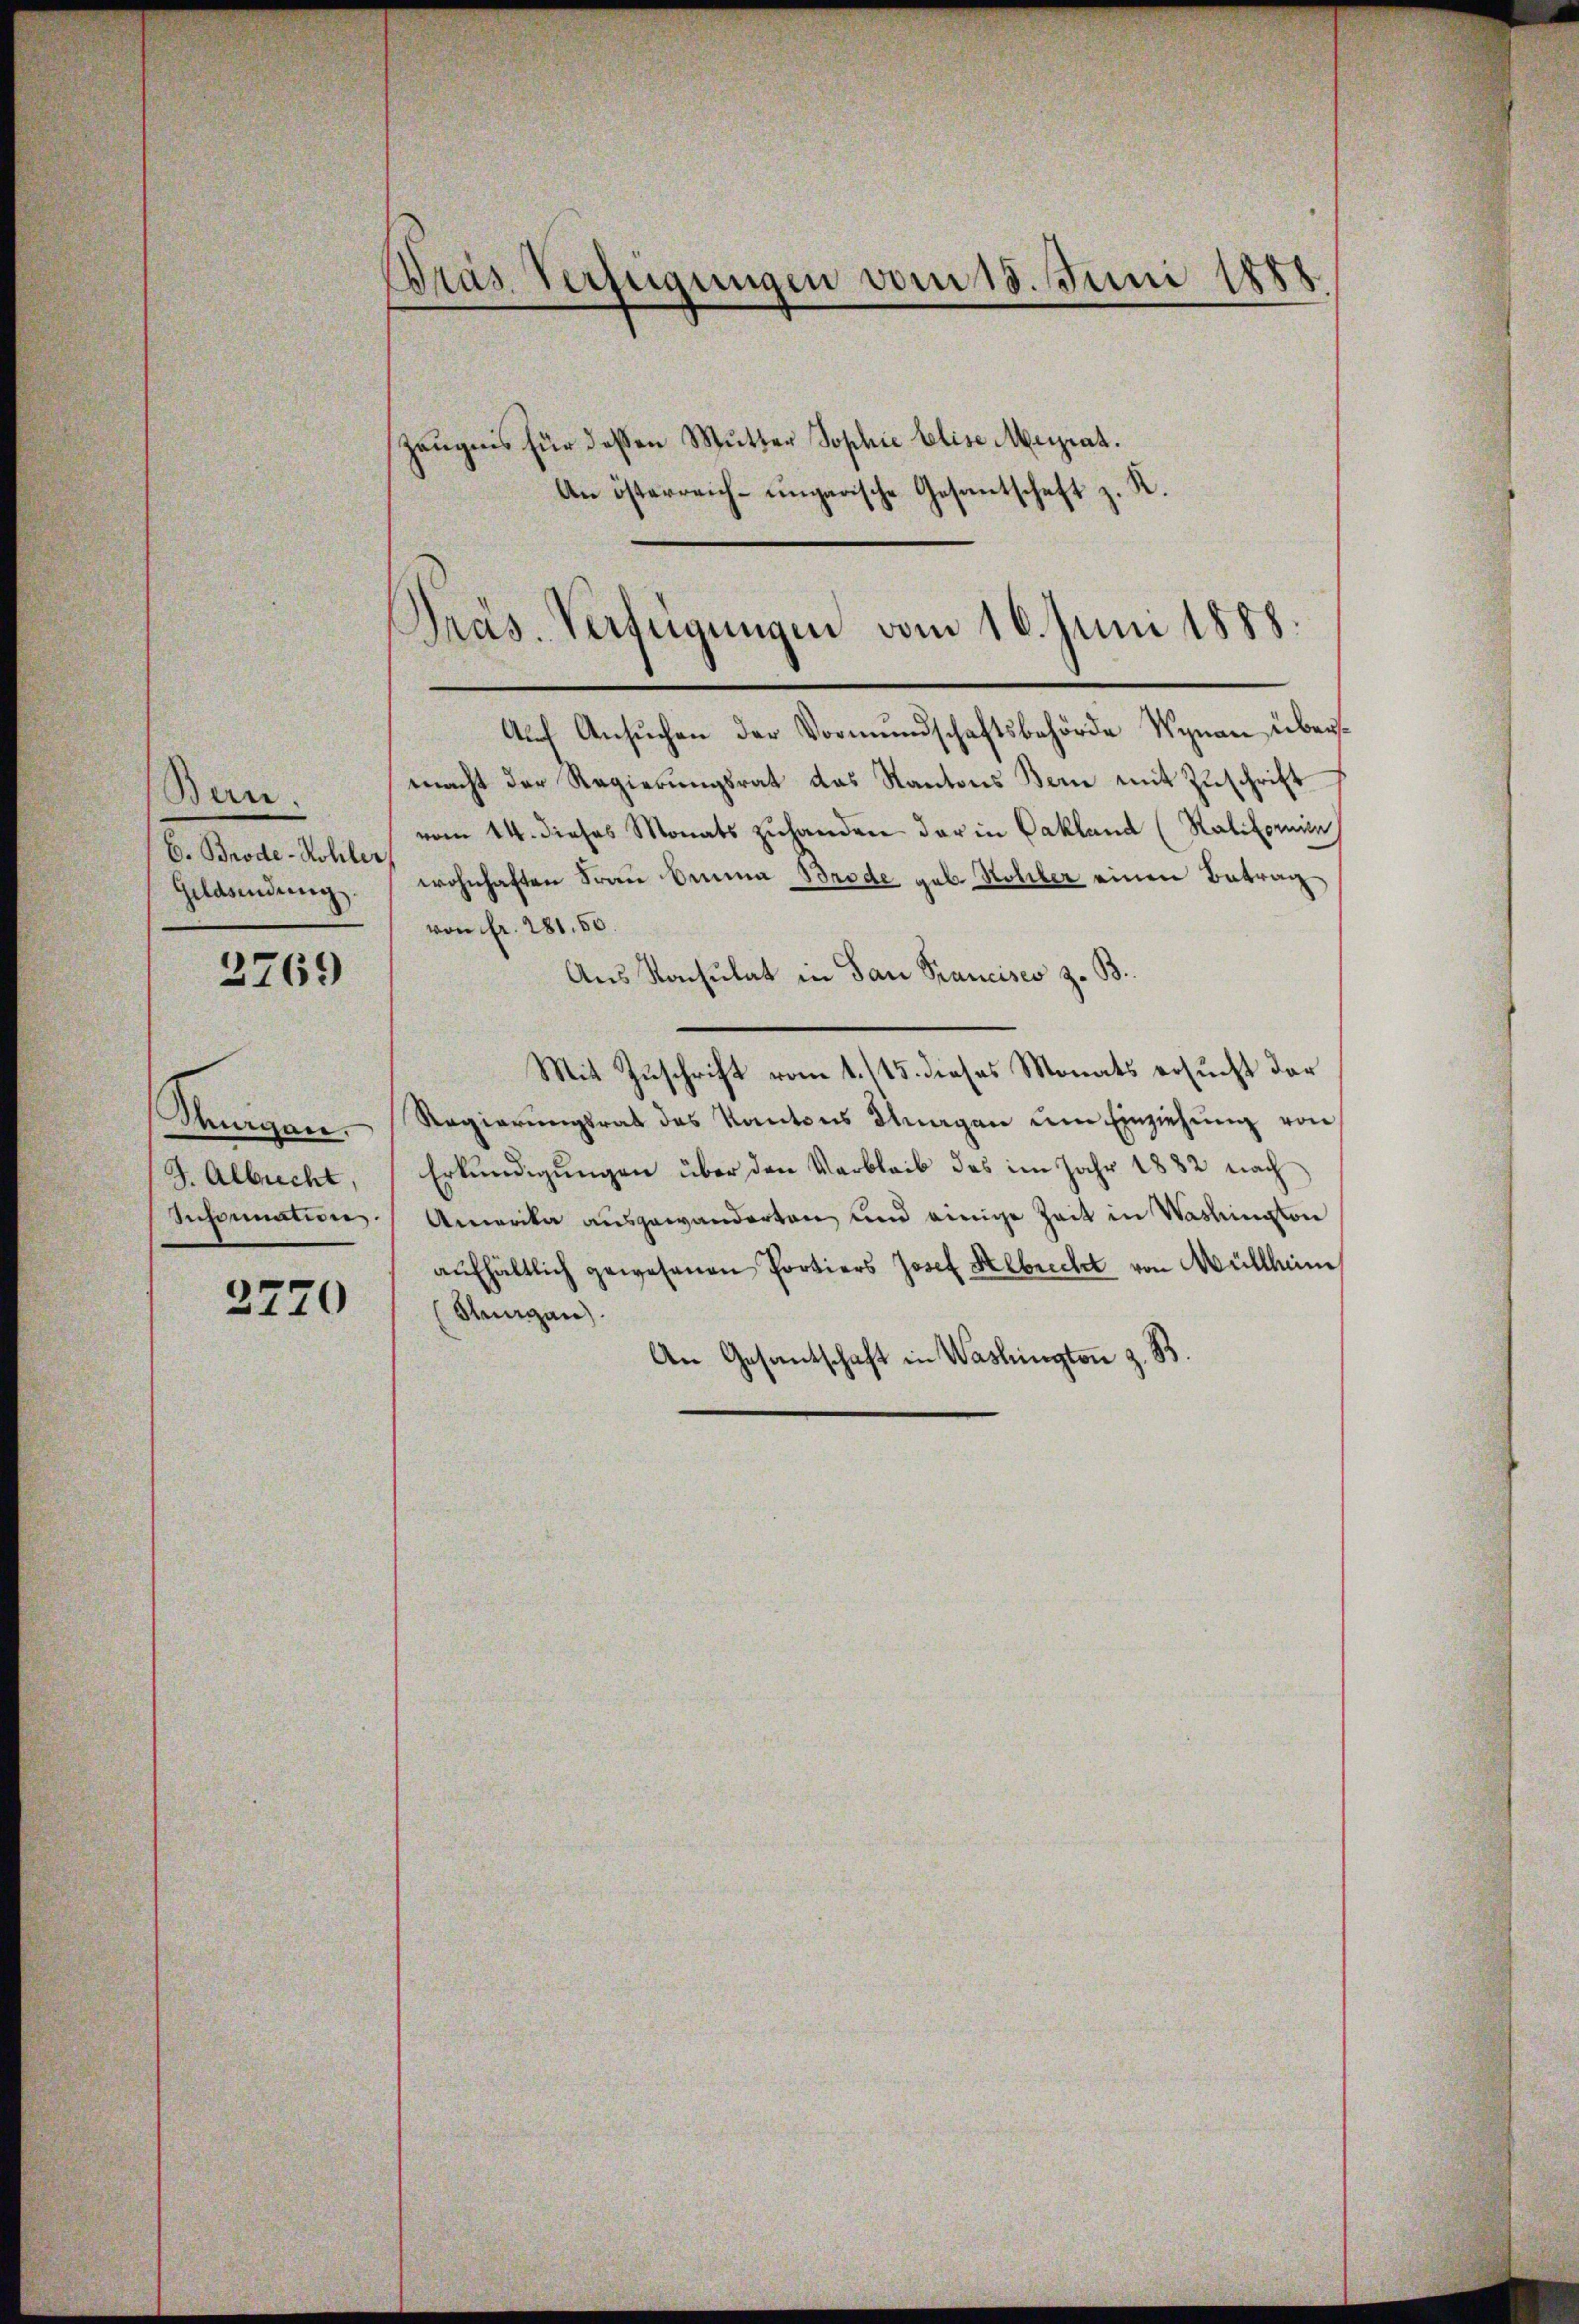
Bern.
6. Brode-Rohler
Geldsendung.

2769

Denigen.
J. Albucht,
Inhommannen.

2270

Präs. Verfügungen vom 15. Juni 1888.

Präs. Verfügungen vom 16. Juni 1888.

Zeugnis für dessen Mutter Sophie belise Meirat.
An österreich-ungarische Gesantschaft z. K.

Auf Ansuchen der Vormundschaftsbehörde Wynau übermacht der Regierungsrat das Kantons Bern mit Zuschrift
vom 14. dieses Monats zuhanden der in Pakland (Ratifornien
wohnhaften Frau Banna Brode geb. Kohler einen Betrag
von fr. 281. 50.
Aus Konsulat in San Francisco z. B.
Mit Zuschrift vom 1. /15. dieses Monats ersucht der
Regierungsrat des Kantons Sagen um Einziehung von
Erkundigungen über den Verbleib des im Jahr 1882 nach
Amerika ausgewanderten und einige Zeit in Washington
aŭfhältlich gewesenen Portiers Josef Albrecht von Müllheim
Stuargau).
An Gesantschaft in Washington z. B.